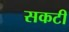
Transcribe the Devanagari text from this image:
सकटी